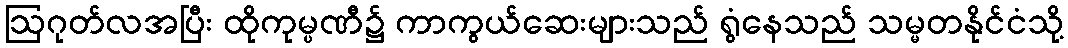
ဩဂုတ်လအပြီး ထိုကုမ္ပဏီ၌ ကာကွယ်ဆေးများသည် ရွံနေသည် သမ္မတနိုင်ငံသို့